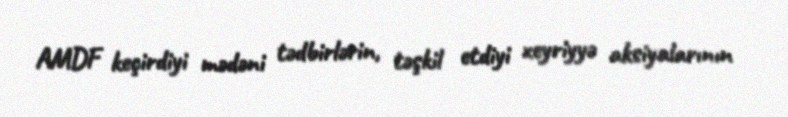
AMDF keçirdiyi mədəni tədbirlərin, təşkil etdiyi xeyriyyə aksiyalarının